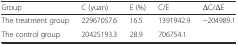
| Group | C (yuan) | E (%) | C/E | ΔC/ΔE |
 | --- | --- | --- | --- | --- |
 | The treatment group | 22967057.6 | 16.5 | 1391942.9 | −204989.1 |
 | The control group | 20425193.3 | 28.9 | 706754.1 |  |